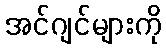
အင်ဂျင်များကို